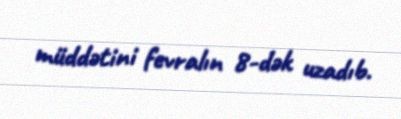
müddətini fevralın 8-dək uzadıb.